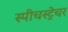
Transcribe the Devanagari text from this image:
स्पीचस्ट्रेचर